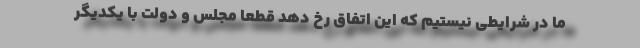
ما در شرایطی نیستیم که این اتفاق رخ دهد قطعا مجلس و دولت با یکدیگر